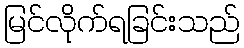
မြင်လိုက်ရခြင်းသည်